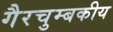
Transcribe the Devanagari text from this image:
गैरचुम्बकीय